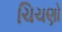
ચિચણો